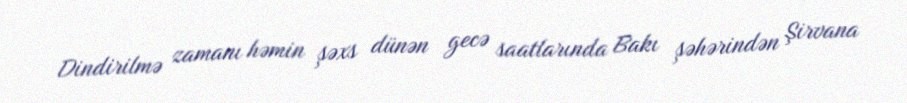
Dindirilmə zamanı həmin şəxs dünən gecə saatlarında Bakı şəhərindən Şirvana